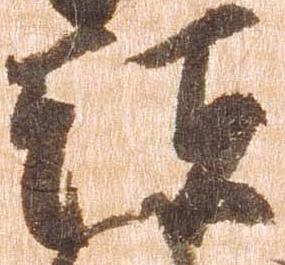
頭